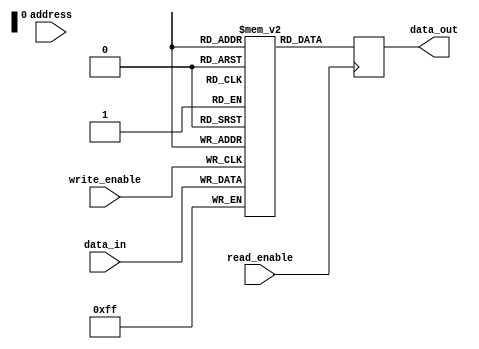
module ShadowRegisterFile (
    input wire [7:0] address,
    input wire [7:0] data_in,
    input wire write_enable,
    input wire read_enable,
    output reg [7:0] data_out
);

reg [7:0] memory_block[31:0][15:0]; // 32 memory blocks, each with 16 registers

always @ (posedge write_enable)
begin
    if(write_enable)
    begin
        memory_block[address[4:0]][address[9:5]] <= data_in;
    end
end

always @ (posedge read_enable)
begin
    if(read_enable)
    begin
        data_out <= memory_block[address[4:0]][address[9:5]];
    end
end

endmodule